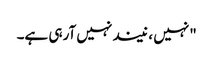
"نہیں ، نیند نہیں آرہی ہے۔